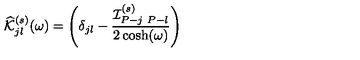
\widehat { \cal K } _ { j l } ^ { ( s ) } ( \omega ) = \left( \delta _ { j l } - \frac { { \cal I } _ { P - j \ P - l } ^ { ( s ) } } { 2 \cosh ( \omega ) } \right)